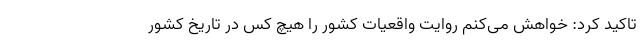
تاکید کرد: خواهش می‌کنم روایت واقعیات کشور را هیچ کس در تاریخ کشور